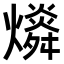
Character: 𤐪